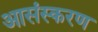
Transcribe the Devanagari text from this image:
आसंस्करण